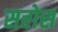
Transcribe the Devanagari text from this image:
सरोस